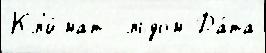
Кл'и́мат  льдом Да́та